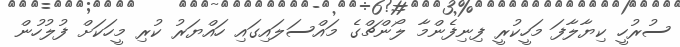
ސުރުހީ ކިޔާލާފަ މަހީކުރީ ފިނިފެންމާ ލޯންޗްގެ މައްސަލައިގައި ހައްޔަރު ކުރި މީހަކަށް ފުލުހުން